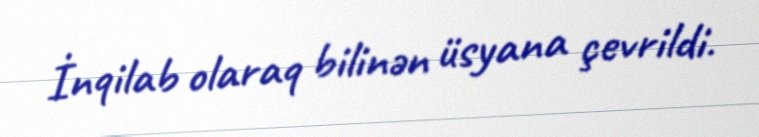
İnqilab olaraq bilinən üsyana çevrildi.